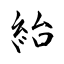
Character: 紿